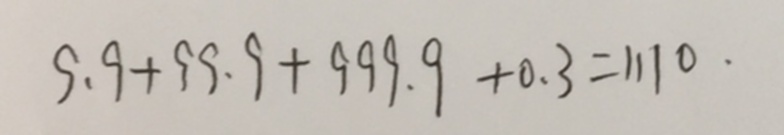
9 . 9 + 9 9 . 9 + 9 9 9 . 9 + 0 . 3 = 1 1 1 0 .